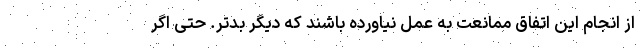
از انجام این اتفاق ممانعت به عمل نیاورده باشند که دیگر بدتر. حتی اگر